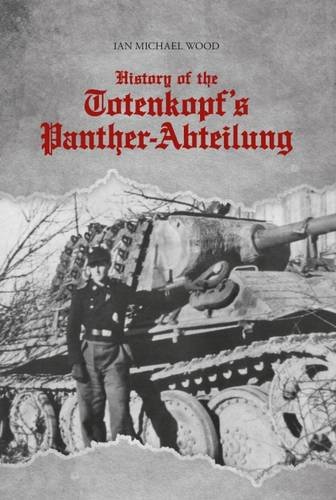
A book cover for History of the Totenkopf's Panther-Abteilung; Ian Michael Wood; History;